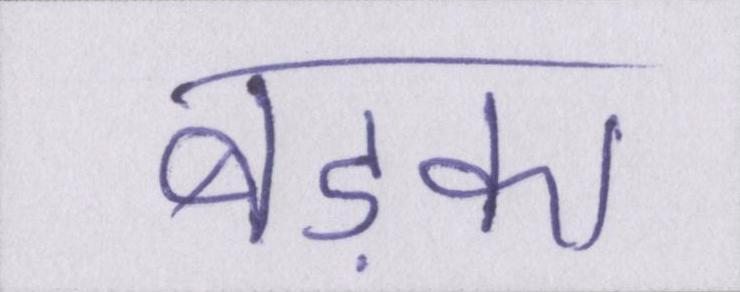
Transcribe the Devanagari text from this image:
बड़का